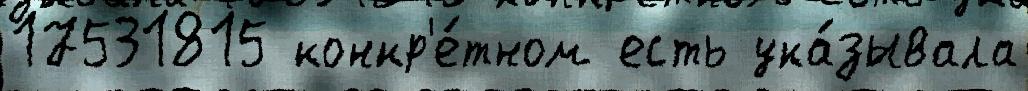
17531815 конкр'е́тном есть ука́зывала